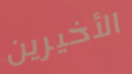
الأخيرين